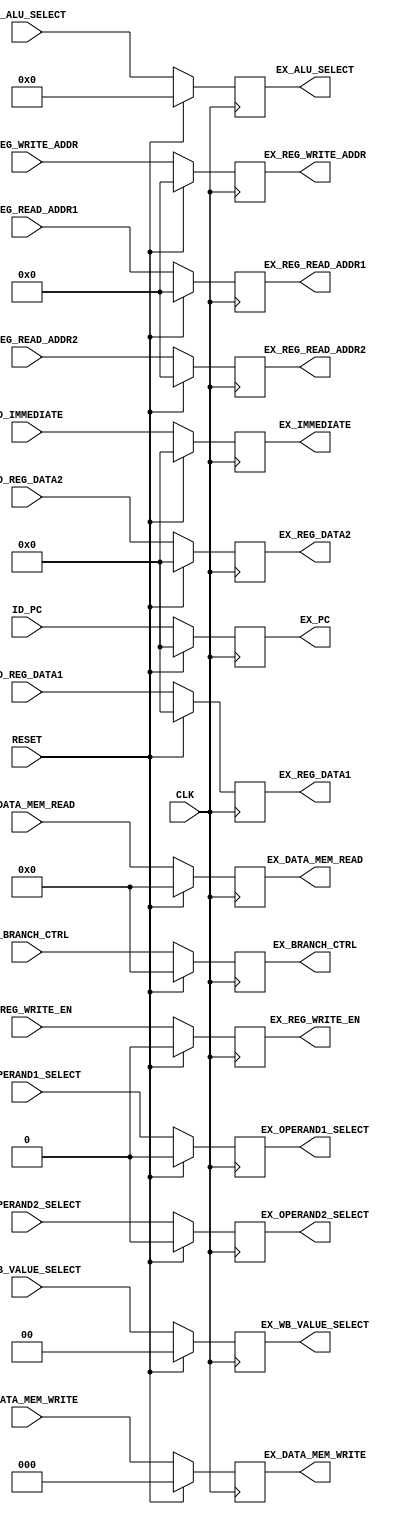
`timescale 1ns/100ps

module pr_id_ex (
    CLK, RESET, 

    ID_PC, ID_REG_DATA1, ID_REG_DATA2, ID_IMMEDIATE,
    ID_REG_WRITE_ADDR, ID_REG_READ_ADDR1, ID_REG_READ_ADDR2, 
    ID_ALU_SELECT, ID_OPERAND1_SELECT, ID_OPERAND2_SELECT,
    ID_REG_WRITE_EN, ID_DATA_MEM_WRITE, ID_DATA_MEM_READ, 
    ID_BRANCH_CTRL, ID_WB_VALUE_SELECT,

    EX_PC, EX_REG_DATA1, EX_REG_DATA2, EX_IMMEDIATE,
    EX_REG_WRITE_ADDR, EX_REG_READ_ADDR1, EX_REG_READ_ADDR2,
    EX_ALU_SELECT, EX_OPERAND1_SELECT, EX_OPERAND2_SELECT,
    EX_REG_WRITE_EN, EX_DATA_MEM_WRITE, EX_DATA_MEM_READ,
    EX_BRANCH_CTRL, EX_WB_VALUE_SELECT
);

    input CLK, RESET;

    input [31:0] ID_PC, ID_REG_DATA1, ID_REG_DATA2, ID_IMMEDIATE;
    input [4:0] ID_REG_WRITE_ADDR, ID_REG_READ_ADDR1, ID_REG_READ_ADDR2;
    input ID_REG_WRITE_EN, ID_OPERAND1_SELECT, ID_OPERAND2_SELECT;
    input [5:0] ID_ALU_SELECT;
    input [3:0] ID_DATA_MEM_READ, ID_BRANCH_CTRL;
    input [2:0] ID_DATA_MEM_WRITE;
    input [1:0] ID_WB_VALUE_SELECT;

    output reg [31:0] EX_PC, EX_REG_DATA1, EX_REG_DATA2, EX_IMMEDIATE;
    output reg [4:0] EX_REG_WRITE_ADDR, EX_REG_READ_ADDR1, EX_REG_READ_ADDR2;
    output reg EX_REG_WRITE_EN, EX_OPERAND1_SELECT, EX_OPERAND2_SELECT;
    output reg [5:0] EX_ALU_SELECT;
    output reg [3:0] EX_DATA_MEM_READ, EX_BRANCH_CTRL;
    output reg [2:0] EX_DATA_MEM_WRITE;
    output reg [1:0] EX_WB_VALUE_SELECT;

    always @ (posedge CLK)
    begin
        #1
        if (RESET == 1'b1)
        begin
            EX_PC = 32'b0;
            EX_REG_DATA1 = 32'b0;
            EX_REG_DATA2 = 32'b0;
            EX_IMMEDIATE = 32'b0;
            EX_REG_WRITE_ADDR = 4'b0;
            EX_REG_READ_ADDR1 = 4'b0;
            EX_REG_READ_ADDR2 = 4'b0;
            EX_ALU_SELECT = 5'b0;
            EX_OPERAND1_SELECT = 1'b0;
            EX_OPERAND2_SELECT = 1'b0;
            EX_REG_WRITE_EN = 1'b0;
            EX_DATA_MEM_WRITE = 3'b0;
            EX_DATA_MEM_READ = 4'b0;
            EX_BRANCH_CTRL = 4'b0;
            EX_WB_VALUE_SELECT = 2'b0;
        end
        else
        begin
            EX_PC = ID_PC;
            EX_REG_DATA1 = ID_REG_DATA1;
            EX_REG_DATA2 = ID_REG_DATA2;
            EX_IMMEDIATE = ID_IMMEDIATE;
            EX_REG_WRITE_ADDR = ID_REG_WRITE_ADDR;
            EX_REG_READ_ADDR1 = ID_REG_READ_ADDR1;
            EX_REG_READ_ADDR2 = ID_REG_READ_ADDR2;
            EX_ALU_SELECT = ID_ALU_SELECT;
            EX_OPERAND1_SELECT = ID_OPERAND1_SELECT;
            EX_OPERAND2_SELECT = ID_OPERAND2_SELECT;
            EX_REG_WRITE_EN = ID_REG_WRITE_EN;
            EX_DATA_MEM_WRITE = ID_DATA_MEM_WRITE;
            EX_DATA_MEM_READ = ID_DATA_MEM_READ;
            EX_BRANCH_CTRL = ID_BRANCH_CTRL;
            EX_WB_VALUE_SELECT = ID_WB_VALUE_SELECT;
        end
    end
    
endmodule